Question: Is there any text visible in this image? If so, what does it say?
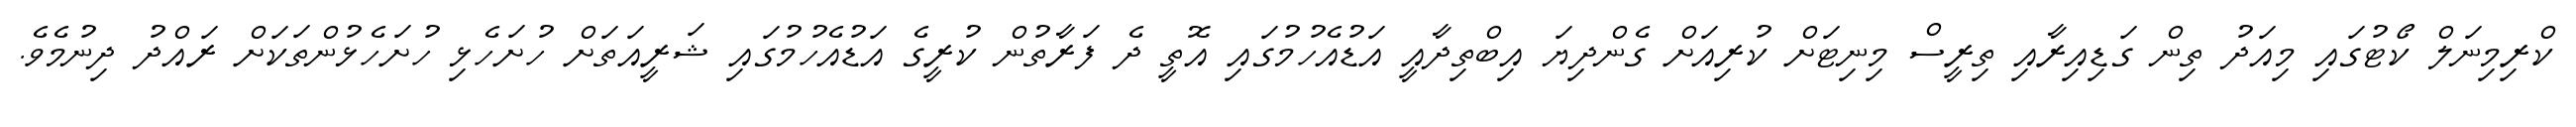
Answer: ކްރިމިނަލް ކޯޓުގައި މިއަދު ތިން ގަޑިއިރާއި ތިރީސް މިނިޓަށް ކުރިއަށް ގެންދިޔަ އިބްތިދާއީ އަޑުއެހުމުގައި އޮތީ ދެ ފަރާތުން ކުރީގެ އަޑުއެހުމުގައި ޝަރީއަތަށް ހުށަހެޅި ހުށަހެޅުންތަކަށް ރައްދު ދިނުމެވެ.